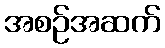
အစဉ်အဆက်